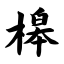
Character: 槔